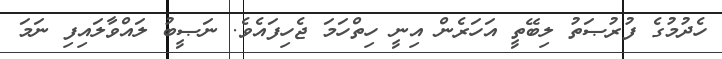
ހެދުމުގެ ފުރުޞަތު ލިބޭތީ އަހަރެން އިނީ ހިތްހަމަ ޖެހިފައެވެ. ނަޞީބު ލައްވާލައިފި ނަމަ